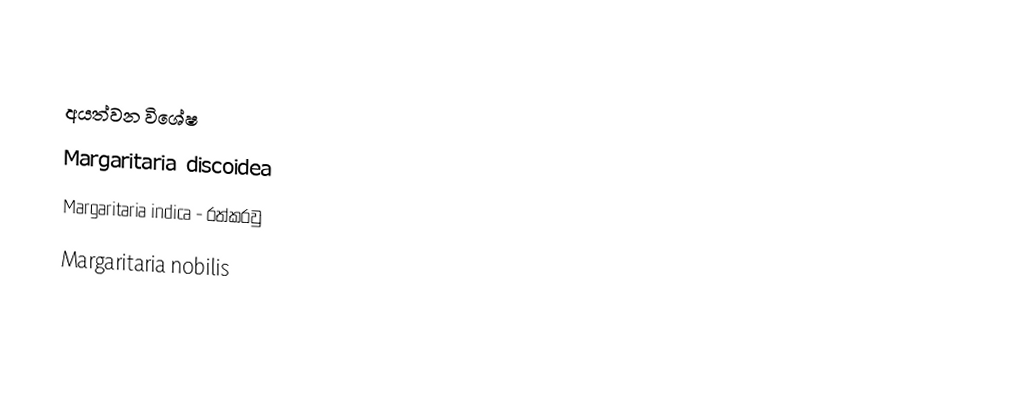

අයත්වන විශේෂ
 Margaritaria discoidea
 Margaritaria indica - රත්කරවු
 Margaritaria nobilis